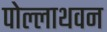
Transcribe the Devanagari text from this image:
पोल्लाथवन